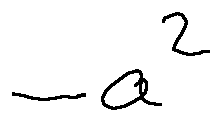
- a ^ { 2 }